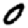
Digit: 0